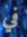
في